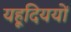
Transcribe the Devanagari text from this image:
यहूदिययों